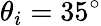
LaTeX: \theta_{i}=35^{\mathrm{\circ}}